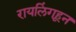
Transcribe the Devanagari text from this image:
रायलिंगहून